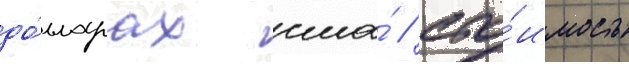
до́лларах сша́ / сто́имость